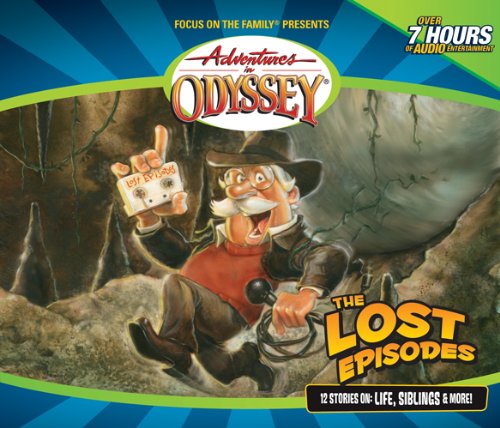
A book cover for The Lost Episodes (Adventures in Odyssey); AIO Team; Humor & Entertainment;